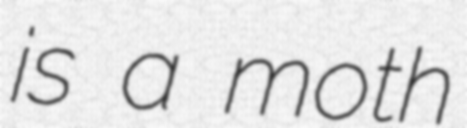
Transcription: is a moth